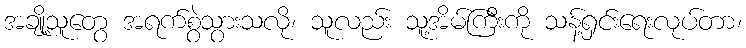
အချို့သူတွေ အရက်စွဲသွားသလို၊ သူလည်း သူ့အိမ်ကြီးကို သန့်ရှင်းရေးလုပ်တာ၊